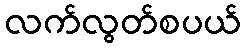
လက်လွတ်စပယ်